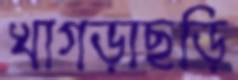
খাগড়াছড়ি